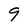
Character: 9